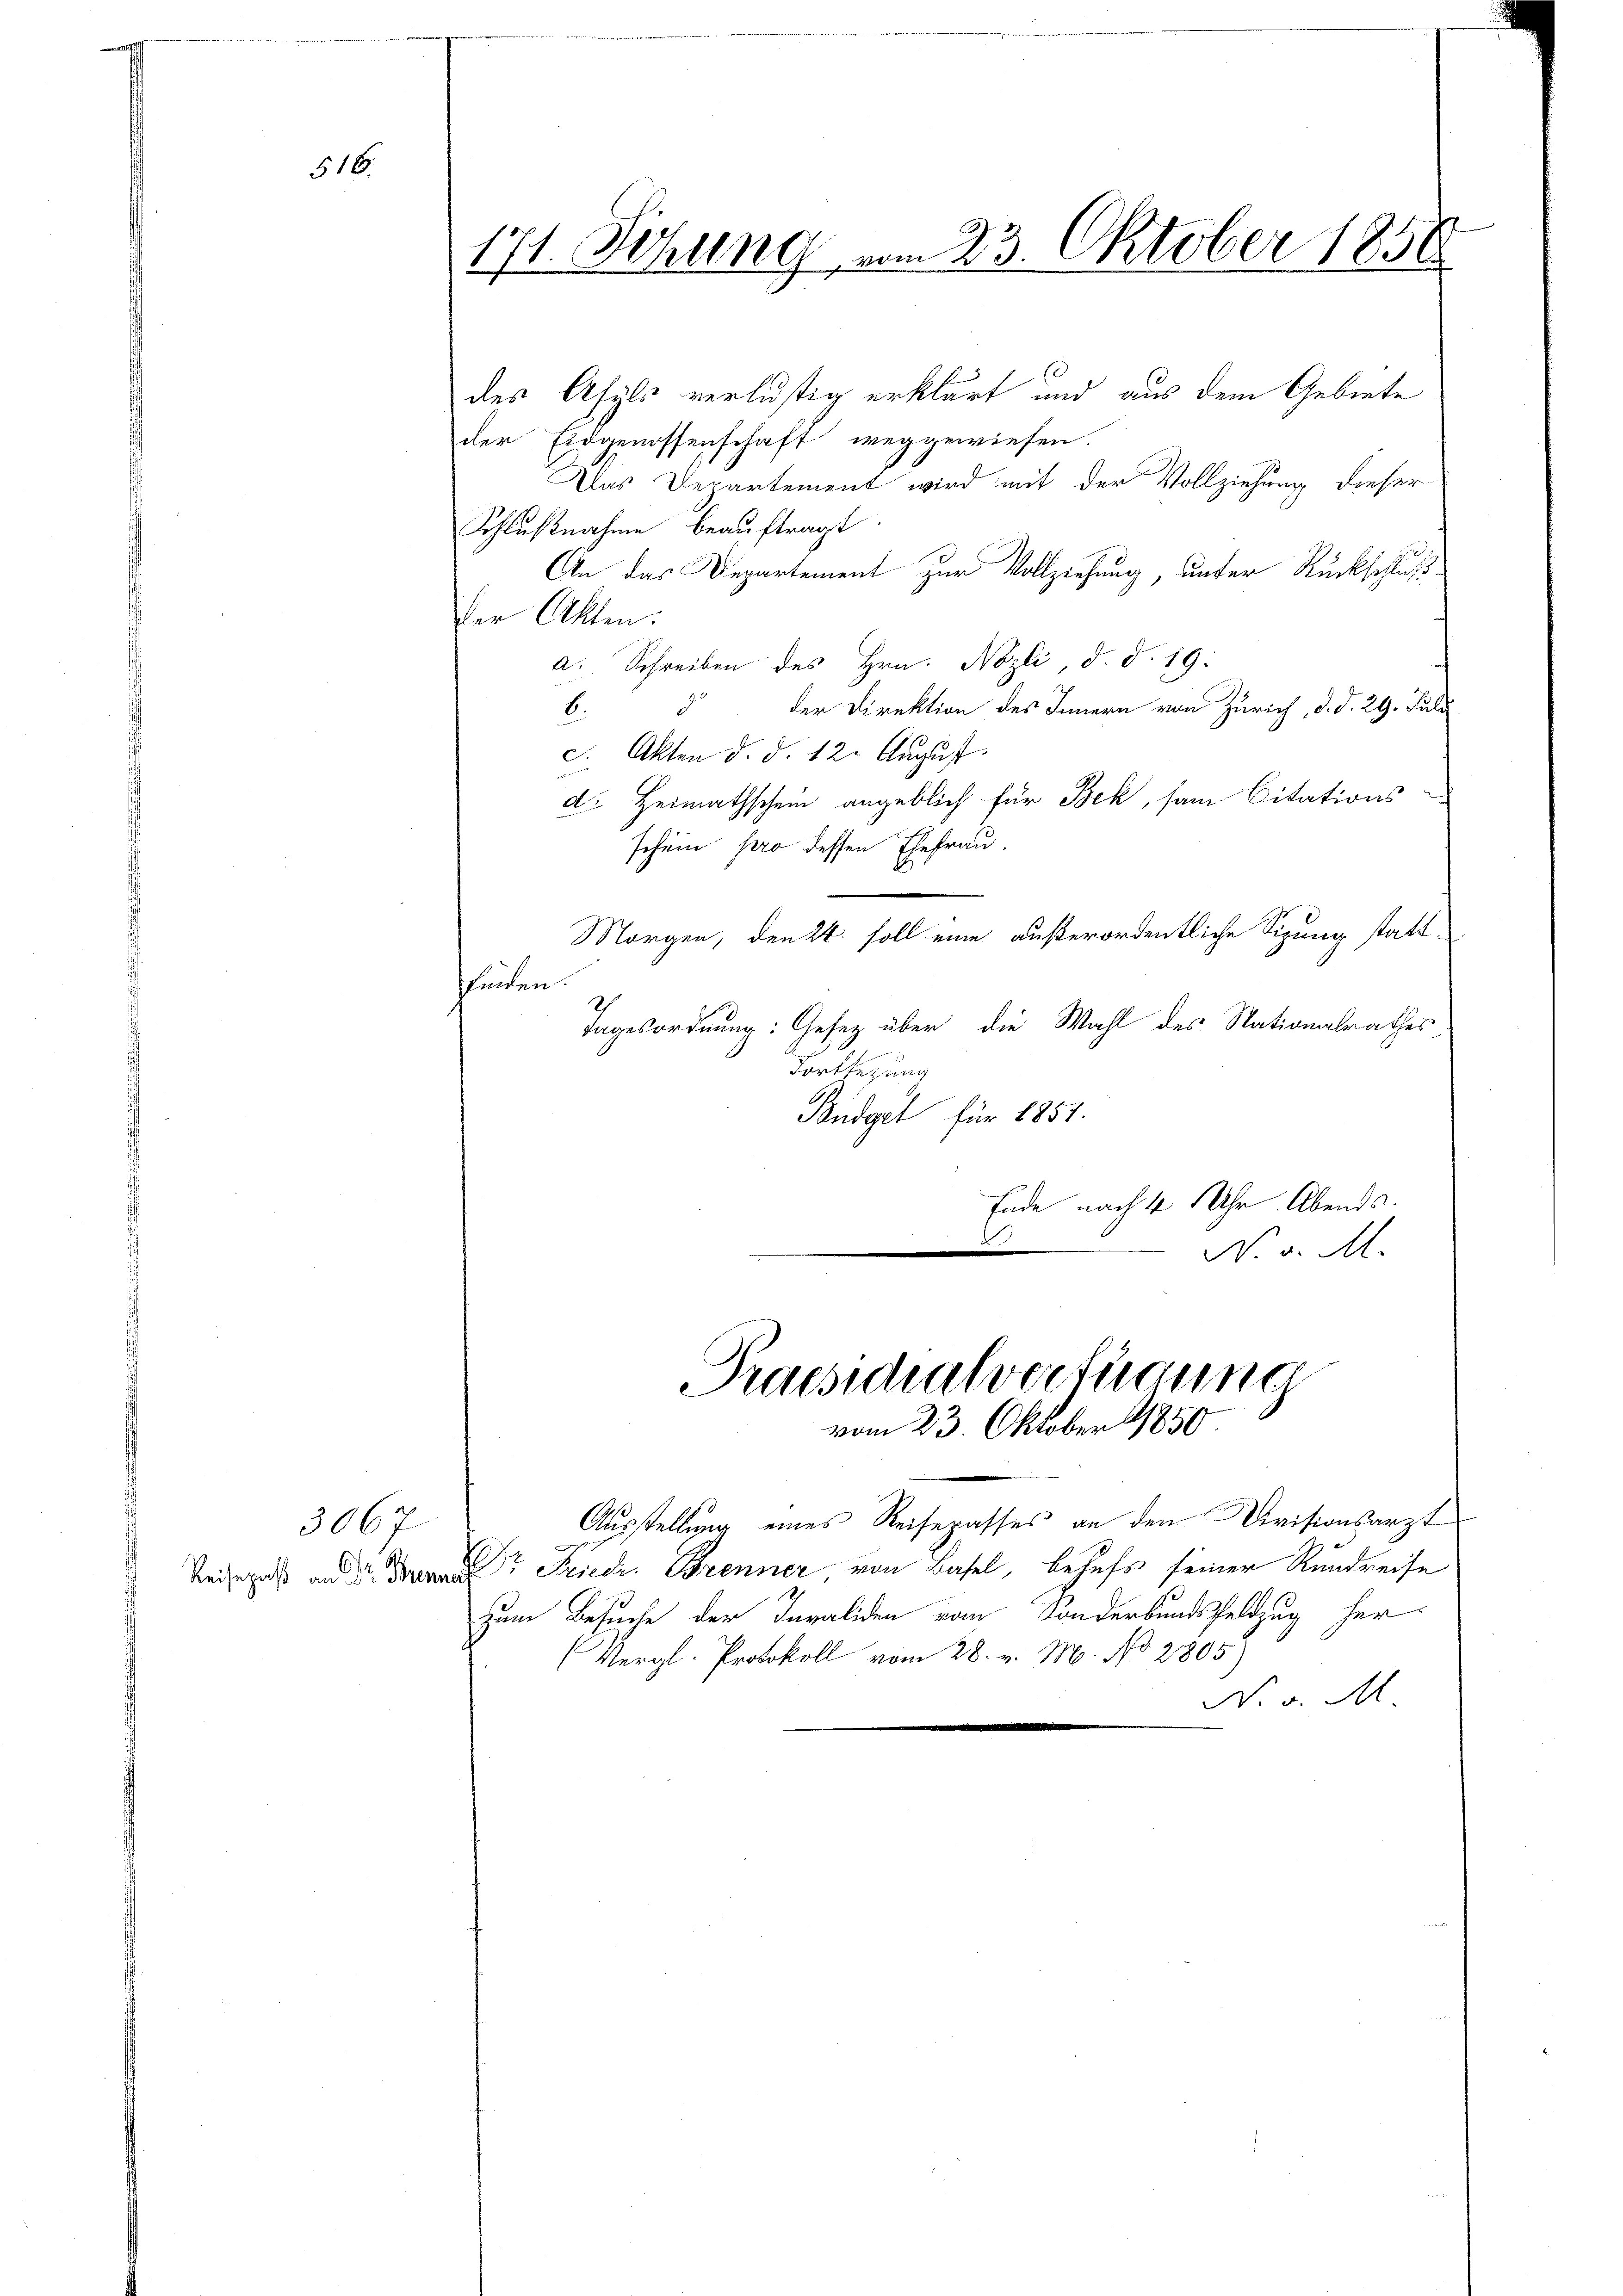
516.

3067

171. Sitzung vom 23. Oktober 1858
des Asyls verlustig erklärt und aus dem Gebiete
der Eidgenossenschaft weggewiesen.

Das Departement wird mit der Vollziehung dieser
Schlußnahme beauftragt.
An das Departement zur Vollziehung, unter Rückschlußder Akten:
a. Schreiben des Hrn. Nozli, d. d. 19:
d
der Direktion des Innern von Zürich, d. d. 29. Juli
6.
c. Akten d. d. 12. August.
d. Heimathschein angeblich für Bek, sam Citations-
schein pro dessen Ehefrau.
Morgen, den 24. soll eine außerordentliche Sizung statthunden
Tagesordnung: Gesetz über die Wahl des Nationalrathes
Fortsetzung
Pudget für 1851.
Ende nach 4 Uhr. Abends.
.
N. v. M.

(Vergl. Protokoll vom 28. v. M. No 2805)

Praesidialverfügung
vom 23. Oktober 1850

Reisegel und der Friedr. Brenner von Basel, behufs seiner Rundreise

Ausstellung eines Reisepasses an den Divisionsarzt
Zum Besuche der Invaliden vom Sonderbundsfeldzug her¬

N. v. M.